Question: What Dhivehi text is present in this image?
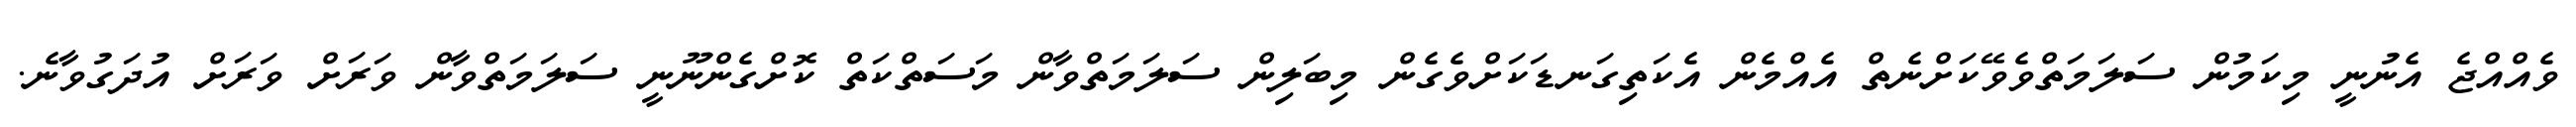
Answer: ވެއްއްޖެ އެނުނީ މިކަމުން ސަލަމަތްވެވޭކަށްނެތް އެއްމެން އެކަތިގަނޑަކަށްވެގެން މިބަލިން ސަލަމަތްވާން މަސަތްކަތް ކޮށްގެންނޫނީ ސަލަމަތްވާން ވަރަށް ވަރަށް އުދަގުވާނެ.